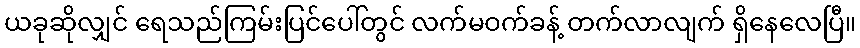
ယခုဆိုလျှင် ရေသည်ကြမ်းပြင်ပေါ်တွင် လက်မဝက်ခန့် တက်လာလျက် ရှိနေလေပြီ။